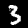
Label: 3